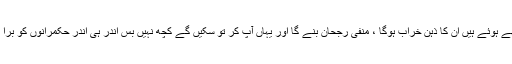
جتنے لوگ بیٹھے ہوئے ہیں ان کا ذہن خراب ہوگا ، منفی رجحان بنے گا اور یہاں آپ کر تو سکیں گے کچھ نہیں بس اندر ہی اندر حکمرانوں کو برا بھلا کہیں گے ۔